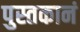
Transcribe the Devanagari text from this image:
पुस्तकानं